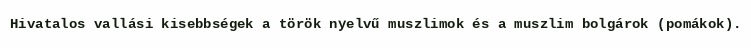
Hivatalos vallási kisebbségek a török nyelvű muszlimok és a muszlim bolgárok (pomákok).